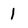
Character: 1